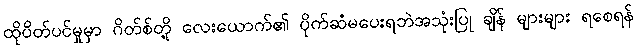
ထိုပိတ်ပင်မှုမှာ ဂိတ်စ်တို့ လေးယောက်၏ ပိုက်ဆံမပေးရဘဲအသုံးပြု ချိန် များများ ရစေရန်